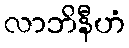
လာဘိနီဟံ